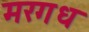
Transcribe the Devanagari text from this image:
मरगध